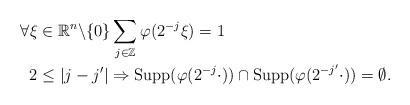
LaTeX: \begin{align*}\forall\xi & \in\mathbb{R}^{n}\backslash\{0\}\sum_{j\in\mathbb{Z}}\varphi(2^{-j}\xi)=1\\2 & \leq\left\vert j-j^{\prime}\right\vert \Rightarrow\mathrm{Supp}(\varphi(2^{-j}\cdot))\cap\mathrm{Supp}(\varphi(2^{-j^{\prime}}\cdot))=\emptyset. \end{align*}